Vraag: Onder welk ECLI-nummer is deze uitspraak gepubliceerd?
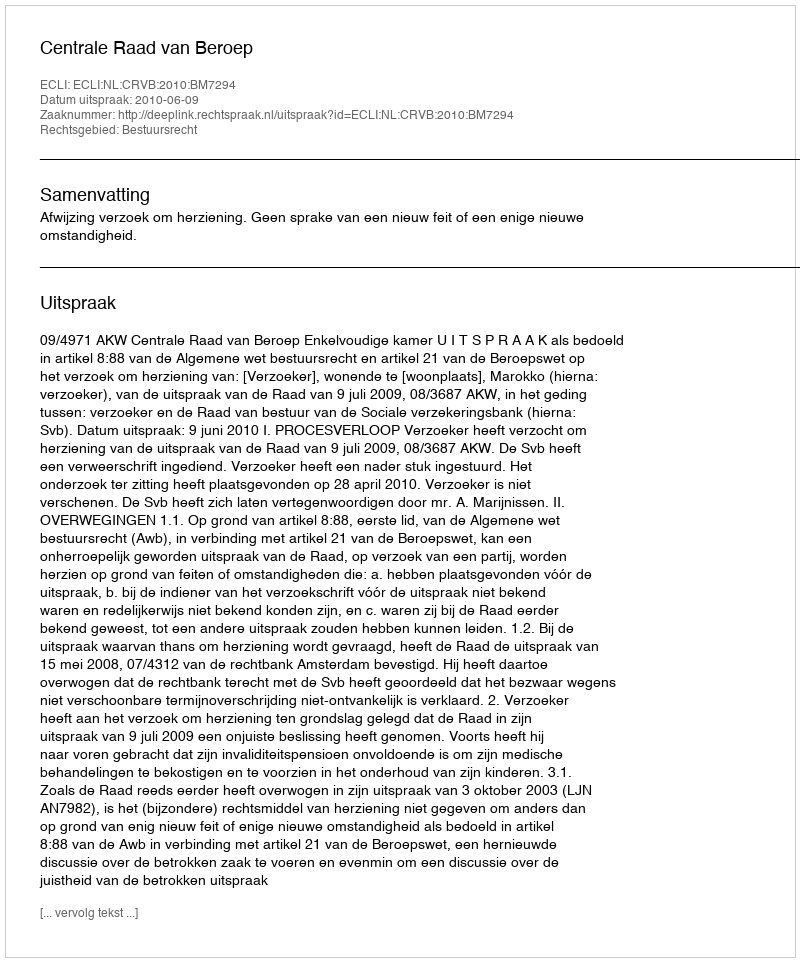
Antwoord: ECLI:NL:CRVB:2010:BM7294